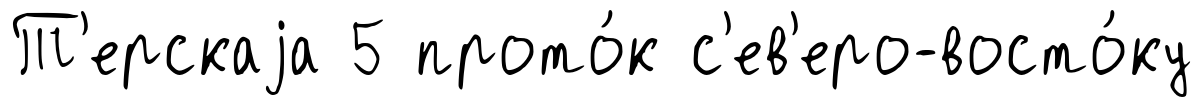
Т'ерскаjа 5 прото́к с'ев'еро-восто́ку